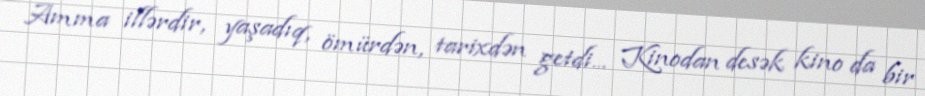
Amma illərdir, yaşadıq, ömürdən, tarixdən getdi... Kinodan desək kino da bir